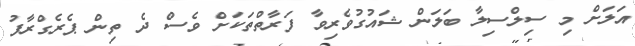
އަލަށް މި ސިލްސިލާ ބަލަން ޝައުގުވެރިވާ ފަރާތްތަކަށް ވެސް ދެ ތިން ޕެރެގްރާފު